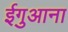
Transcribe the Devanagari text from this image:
ईगुआना